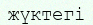
жүктегі